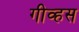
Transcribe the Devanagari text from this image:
गीव्हस